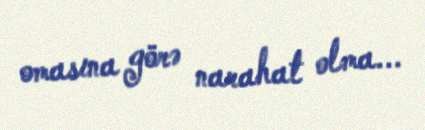
omasına görə narahat olma...